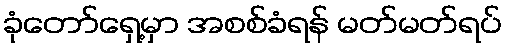
ခုံတော်ရှေ့မှာ အစစ်ခံရန် မတ်မတ်ရပ်